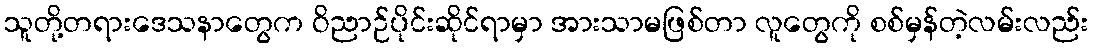
သူတို့တရားဒေသနာတွေက ဝိညာဉ်ပိုင်းဆိုင်ရာမှာ အားသာမဖြစ်တာ လူတွေကို စစ်မှန်တဲ့လမ်းလည်း